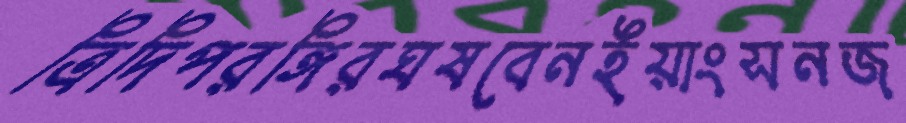
ত্রিদিপরঙ্গিরঘষবেনইয়াংসনজ